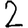
Digit: 2